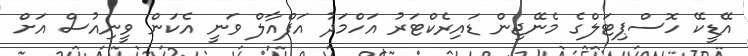
އޭޑީކޭ ހޮސްޕިޓަލްގެ މެނޭޖިން ޑައިރެކްޓަރު އަހްމަދު އަފްއާލް ވަނީ އެކަން ވީނިއުސް އަށް